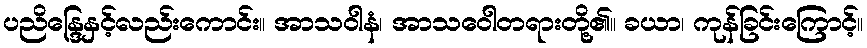
ပညိန္ဒြေနှင့်လည်းကောင်း။ အာသဝါနံ၊ အာသဝေါတရားတို့၏။ ခယာ၊ ကုန်ခြင်းကြောင့်။